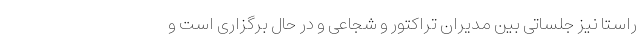
راستا نیز جلساتی بین مدیران تراکتور و شجاعی و در حال برگزاری است و